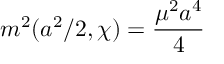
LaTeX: m ^ { 2 } ( a ^ { 2 } / 2 , \chi ) = \frac { \mu ^ { 2 } a ^ { 4 } } { 4 }